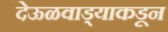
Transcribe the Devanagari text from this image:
देऊळवाड्याकडून